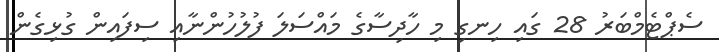
ސެޕްޓެމްބަރު 28 ގައި ހިނގި މި ހާދިސާގެ މައްސަލަ ފުލުހުންނާއި ސިފައިން ގުޅިގެން